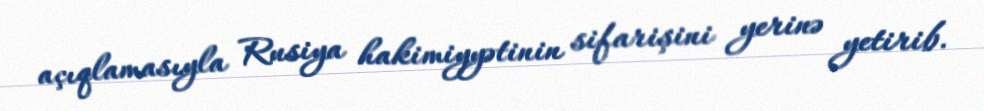
açıqlamasıyla Rusiya hakimiyyətinin sifarişini yerinə yetirib.